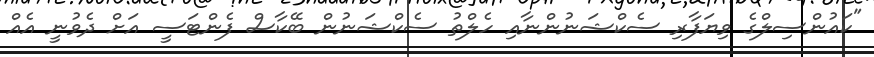
"ކައުންސިލްގެ ވިޔަފާރި ސެކްޝަނުންނާއި ހެލްތު ސެކްޝަނުން ބޭކާސް ފެންޓަސީ އަށް ދެވުނީ އެއް